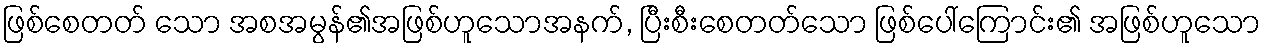
ဖြစ်စေတတ် သော အစအမွန်၏အဖြစ်ဟူသောအနက်, ပြီးစီးစေတတ်သော ဖြစ်ပေါ်ကြောင်း၏ အဖြစ်ဟူသော